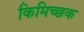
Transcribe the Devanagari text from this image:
किमिच्छक